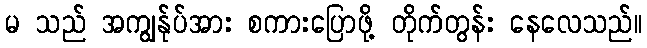
မ သည် အကျွန်ုပ်အား စကားပြောဖို့ တိုက်တွန်း နေလေသည်။